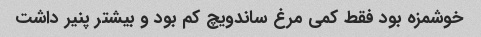
خوشمزه بود فقط کمی مرغ ساندویچ کم بود و بیشتر پنیر داشت